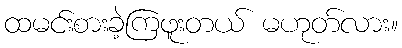
ထမင်းစားခဲ့ကြဖူးတယ် မဟုတ်လား။